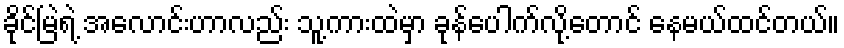
ခိုင်မြဲရဲ့ အလောင်းဟာလည်း သူ့ကားထဲမှာ ခုန်ပေါက်လို့တောင် နေမယ်ထင်တယ်။